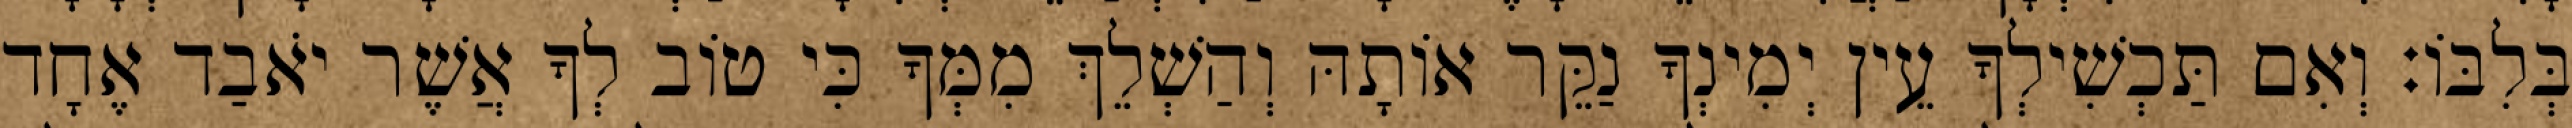
בְּלִבּוֹ׃ וְאִם תַּכְשִׁילְךָ עֵין יְמִינְךָ נַקֵּר אוֹתָהּ וְהַשְׁלֵךְ מִמְּךָ כִּי טוֹב לְךָ אֲשֶׁר יֹאבַד אֶחָד